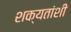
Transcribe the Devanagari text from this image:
शक्यतांशी